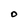
Character: O